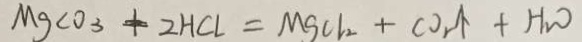
M g C O _ { 3 } + 2 H C l = M g C l _ { 2 } + C O _ { 1 } \uparrow + H _ { 2 } O